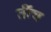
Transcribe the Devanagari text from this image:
तींच